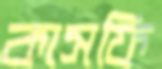
কাসফি